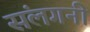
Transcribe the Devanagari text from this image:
संलगनी